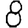
Digit: 8